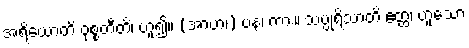
အရိယောတိ ဝုစ္စတီတိ၊ ဟူ၍။ (အာဟ၊) ပန၊ ကား။ သပ္ပုရိသာတိ ဧတ္ထ၊ ဟူသော